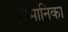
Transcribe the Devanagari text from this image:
डोमानिका